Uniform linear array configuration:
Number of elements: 4
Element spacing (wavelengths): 0.75
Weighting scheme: exponential
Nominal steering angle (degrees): -15
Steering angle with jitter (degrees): -15.233
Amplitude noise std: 0.05
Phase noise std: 0.05

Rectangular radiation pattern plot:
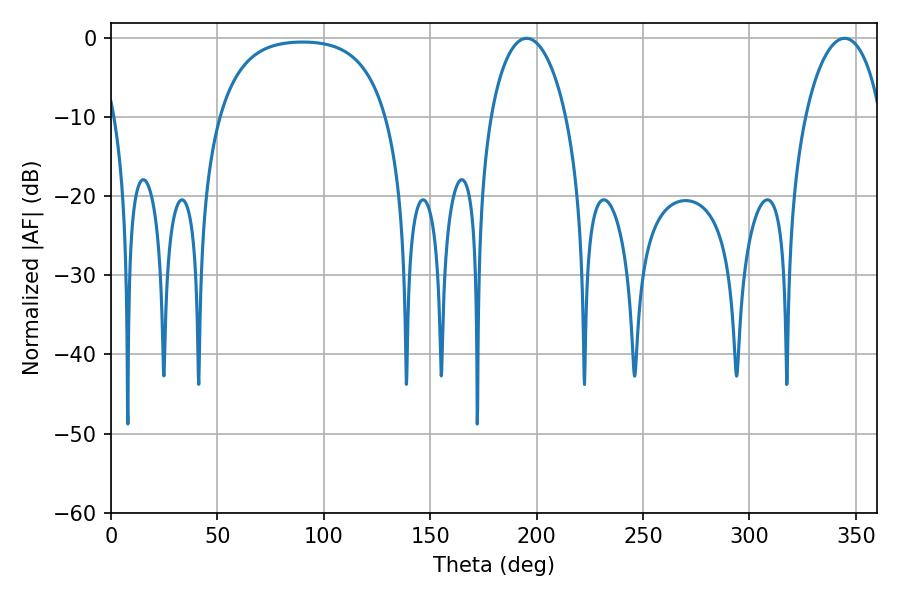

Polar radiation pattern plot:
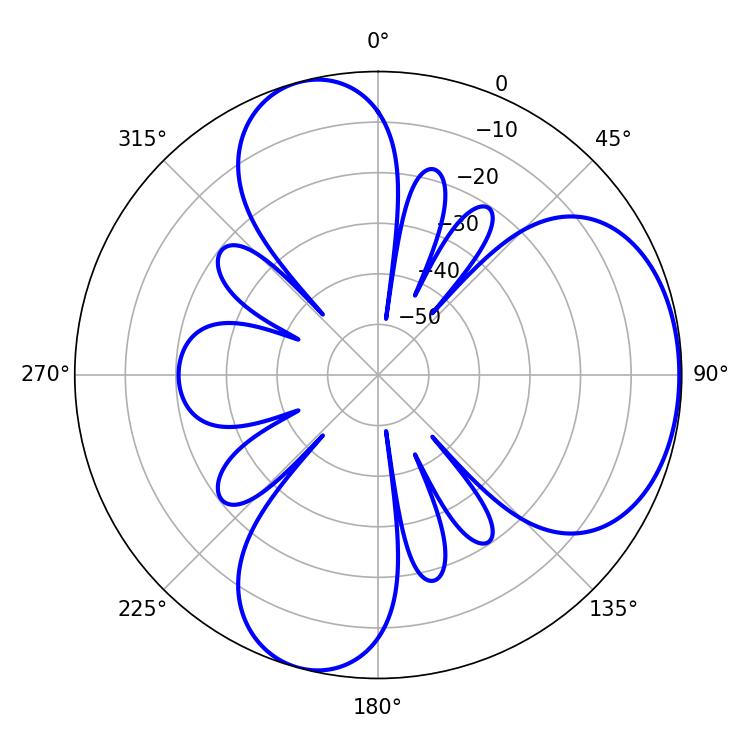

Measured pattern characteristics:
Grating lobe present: TRUE
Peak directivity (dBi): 5.235
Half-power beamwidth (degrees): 20.34
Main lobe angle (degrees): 195.3